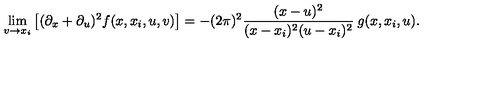
\lim _ { v \to x _ { i } } \left[ ( \partial _ { x } + \partial _ { u } ) ^ { 2 } f ( x , x _ { i } , u , v ) \right] = - ( 2 \pi ) ^ { 2 } \frac { ( x - u ) ^ { 2 } } { ( x - x _ { i } ) ^ { 2 } ( u - x _ { i } ) ^ { 2 } } \: g ( x , x _ { i } , u ) .